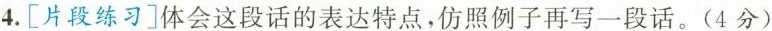
4.[片段练习]体会这段话的表达特点，仿照例子再写一段话。(4分)